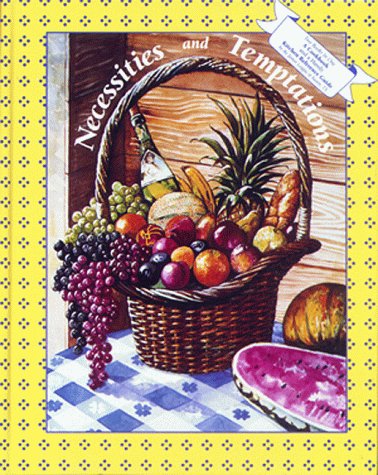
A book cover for Necessities and Temptations; Junior League of Austin; Cookbooks, Food & Wine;